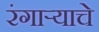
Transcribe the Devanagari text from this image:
रंगाऱ्याचे